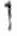
1